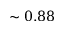
\sim 0 . 8 8